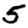
Digit: 5